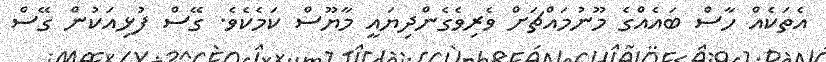
އެތަކެއް ހާސް ބައެއްގެ މޫނުމައްޗަށް ވެރިވެގެންދިޔައީ މާޔޫސް ކަމެކެވެ. ގޭސް ފުޅިއަކުން ގޭސް